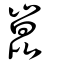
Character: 崑